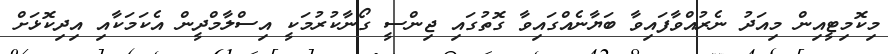
މިކޮމިޓީއިން މިއަދު ނެރުއްވާފައިވާ ބަޔާނެއްގައިވާ ގޮތުގައި ޖިންސީ ގޯނާކުރުމަކީ އިސްލާމްދީން އެކަމަކާއި އިދިކޮޅަށް